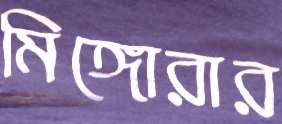
মিঙ্গোরার